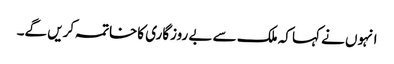
انہوں نے کہا کہ ملک سے بے روزگاری کاخاتمہ کریں گے۔